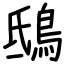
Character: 鴟